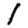
Digit: 1